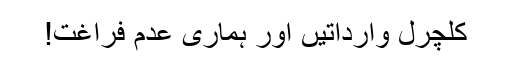
کلچرل وارداتیں اور ہماری عدم فراغت!